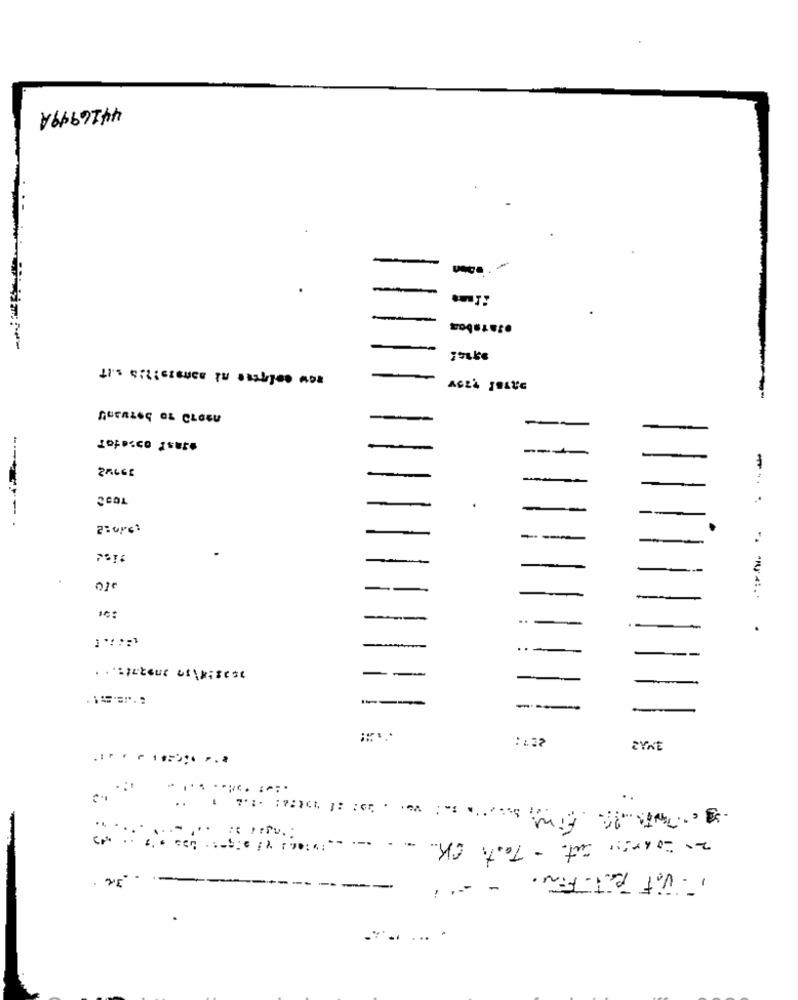
¥6667Thh
-
.Jataboa
IT'S EFICIENTE TO SSELTeO ADE
AUTALOG OL CLOEU
-
--
---
-
-
-
--
-
..-
--
.. ticteur of\wisest
--
---
--
227:
ZYNE
.-.
2. carry out. - Tests CK ..
ViF RT.FIN.
:.- -